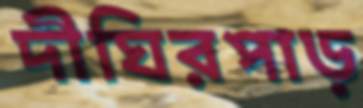
দীঘিরপাড়